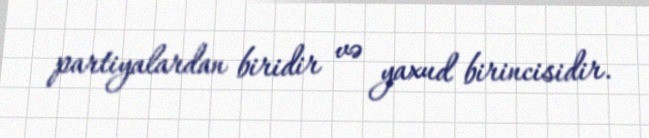
partiyalardan biridir və yaxud birincisidir.